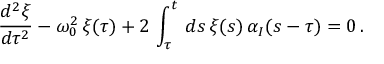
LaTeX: \frac { d ^ { 2 } \xi } { d \tau ^ { 2 } } - \omega _ { 0 } ^ { 2 } \, \xi ( \tau ) + 2 \, \int _ { \tau } ^ { t } \, d s \, \xi ( s ) \, \alpha _ { I } ( s - \tau ) = 0 \, .